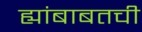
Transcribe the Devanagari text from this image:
ह्यांबाबतची